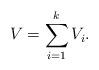
LaTeX: \begin{align*}V = \sum_{i=1}^k V_i.\end{align*}